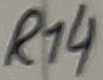
Text: R14